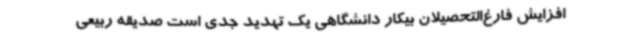
افزایش فارغ‌التحصیلان بیکار دانشگاهی یک تهدید جدی است صدیقه ربیعی